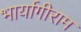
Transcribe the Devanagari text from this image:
भार्यागीराम